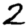
Digit: 2